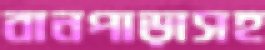
বানপাড়াসহ